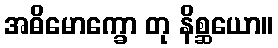
အဓိမောက္ခော တု နိစ္ဆယော။